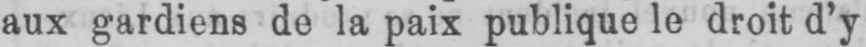
aux gardiens de la paix publique le droit d’y